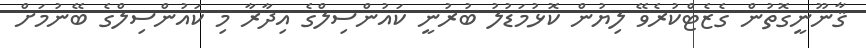
ޤާނޫނީގޮތުން ގެޒެޓްކުރެވޭ ލިޔުން ކޮޅުމަޑުލު ބުރުނީ ކައުންސިލްގެ އިދާރާ މި ކައުންސިލްގެ ބޭނުމަށް